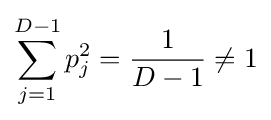
\sum _{j=1}^{D-1}p_{j}^{2}={\frac {1}{D-1}}\neq 1